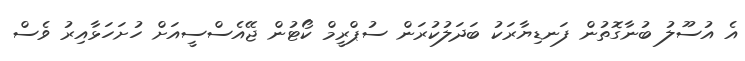
އެ އުސޫލު ބުނާގޮތުން ފަނޑިޔާރަކު ބަދަލުކުރަން ސުޕްރީމް ކޯޓުން ޖޭއެސްސީއަށް ހުށަހަޅާއިރު ވެސް